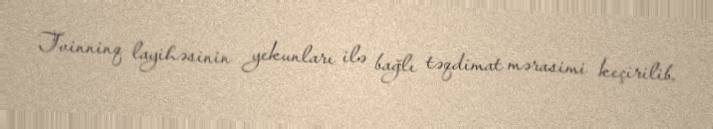
Tvinninq layihəsinin yekunları ilə bağlı təqdimat mərasimi keçirilib.